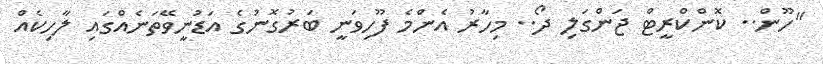
"ހޫން.. ކޮންކްރީޓް ޖަންގަލި ދޯ.. މިހާރު އެންމެ ފޫހިވަނީ ބަރުގޮނުގެ އަޑުނީވޭތަނެއްގައި ލާހިކެއް